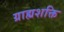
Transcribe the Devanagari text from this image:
ग्राह्यशक्ति